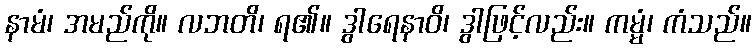
နာမံ၊ အမည်ကို။ လဘတိ၊ ရ၏။ ဒွါရေနာဝိ၊ ဒွါဖြင့်လည်း။ ကမ္မံ၊ ကံသည်။